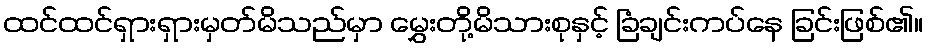
ထင်ထင်ရှားရှားမှတ်မိသည်မှာ မွှေးတို့မိသားစုနှင့် ခြံချင်းကပ်နေ ခြင်းဖြစ်၏။